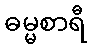
ဓမ္မစာရီ